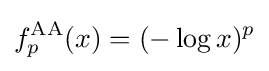
f_{p}^{\mathrm {AA} }(x)=(-\log x)^{p}